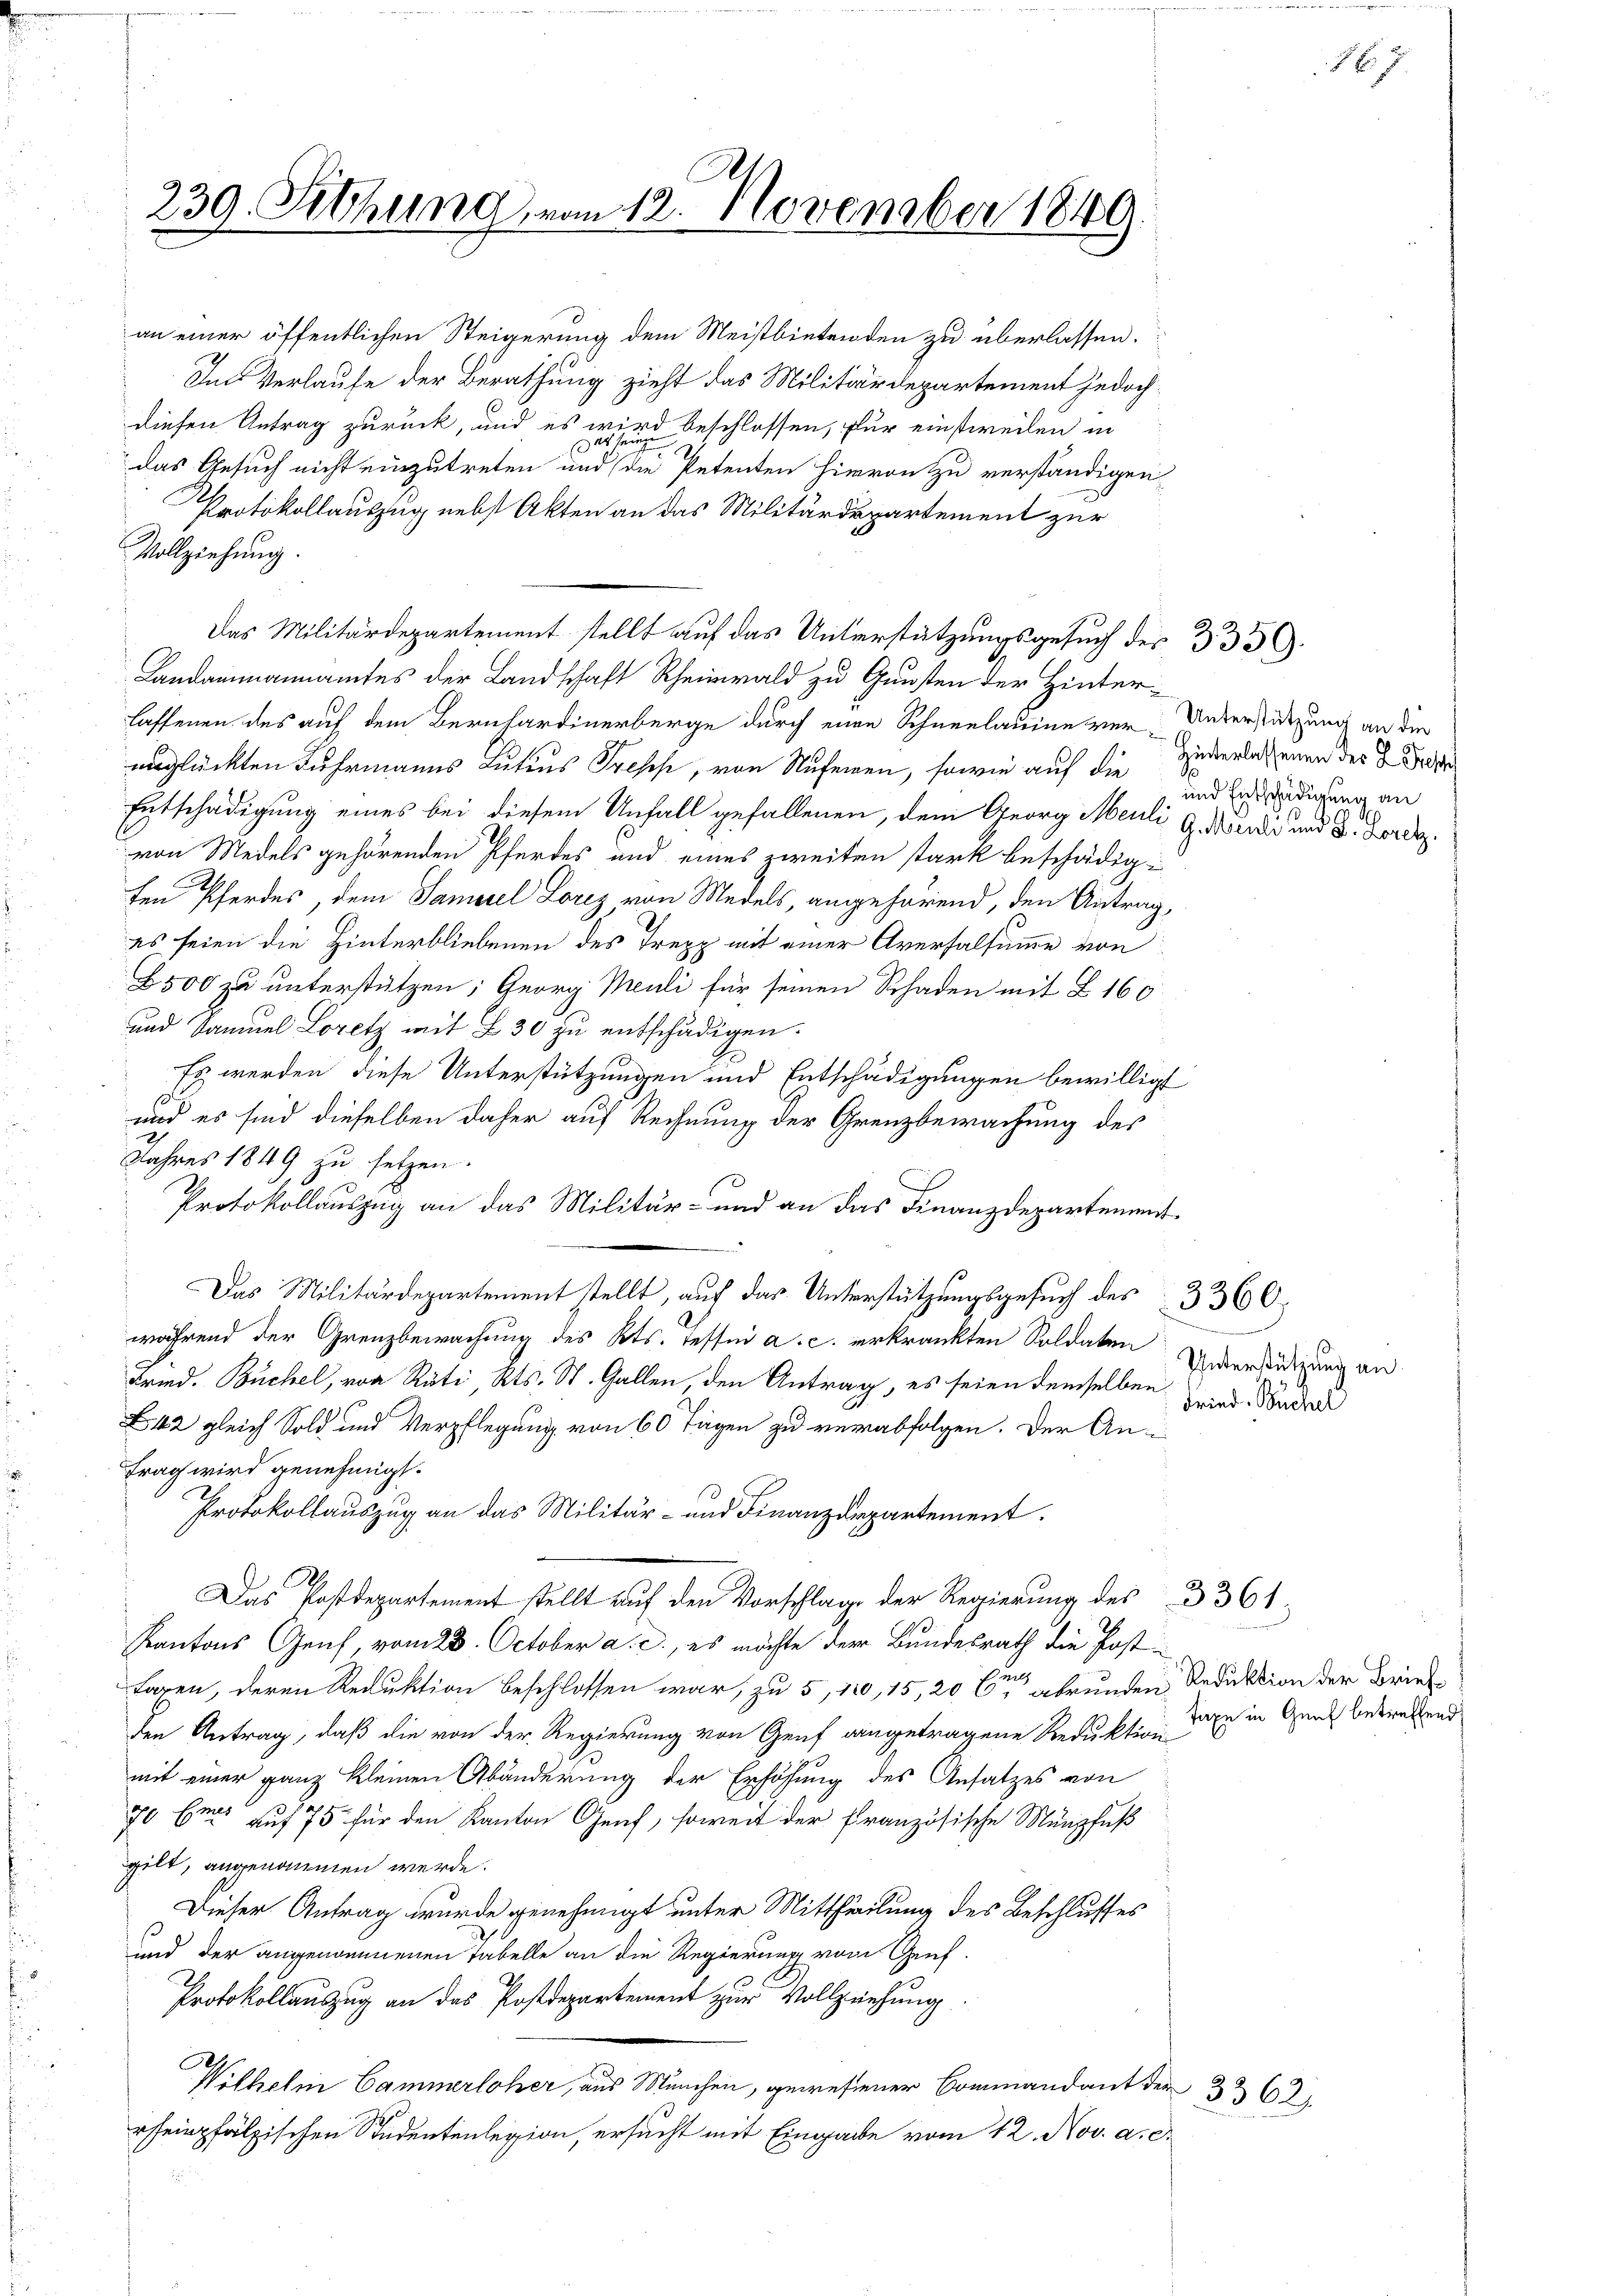
239. Sitzung vom 12. November 1849

an einer öffentlichen Steigerung dem Meistbietenden zu überlassen.
Im Verlaufe der Berathung zieht das Militärdepartement jedoch
diesen Antrag zurück, und es wird beschlossen, für einstweilen in
da se
u
das Gesuch nicht einzutreten und die Petenten hievon zu verständigen
Protokollauszug nebst Akten an das Militärdepartement zur
Vollziehung.
Das Militärdepartement stellt auf das Unterstützungsgesuch des 335.
Landammannamtes der Landschaft Rheinwald zu Gunsten der Hinterlassenen des auf dem Bernhardinerberge durch eine Schneelauine ver-Unterstützung an der
unglückten Fuhrmanns Lutius Presche, von Ruferen, sowie auf die Zuderlassenen der H. Bade
Entschädigung eines bei diesem Unfall gefallenen, dem Georg Meuli G. Wendii und 3. Forde
von Medels gehörenden Pferdes und eines zweiten stark beschädigten Pferdes, dem Samerel Lorez von Medels, angehörend, den Antrag,
es seien die Hinterbliebenen des Trepp mit einer Aversalsumme von
B 500 zu unterstützen; Georg Meuli für seinen Schaden mit § 160
und Samuel Loretz mit L 30 zu entschädigen.
Es werden diese Unterstützungen und Entschädigungen bewilligt
s
und es sind dieselben daher auf Rechnung der Grenzbewachung des
Jahres 1849 zu setzen.
Protokollauszug an das Militär- und an das Finanzdepartement¬
Das Militärdepartement stellt, auf das Unterstützungsgesuch des 3360.
während der Grenzbewachung des Kts. Tessin a. c. erkränkten Soldaten Unterstützung an
Fried. Büchel, von Rüti Kts. St. Gallen, den Antrag, es seien demselben wird. Sonder
No. 42 gleich Sold und Verpflegung von 60 Tagen zu verabfolgen. Der An¬
Frag wird genehmigt.
Protokollauszug an das Militär- und Finanzdepartement.
Das Postdepartement stellt auf den Vorschlage der Regierung des § 361
Kantons Genf, vom 23. October a. c., es möchte der Bundesrath die Post¬
Baren, deren Reduktion beschlossen war, zu 5, 110, 15, 20 t grunden Reduktion der Brie¬
Den Antrag, daß die von der Regierung von Genf angetragene Reduktion der in Gent betreffend
mit einer ganz kleinen Abänderung der Erhöhung des Ansatzes von
70 bis auf 75 für den Kanton Genf, soweit der Französische Münzfuß
gilt, angenommen werde.
Dieser Antrag wurde genehmigt unter Mittheilung des Beschlusses
und der angenommenen Tabelle an die Regierung vom Genf¬
Protokollauszug an das Postdepartement zur Vollziehung
Wilhelm Cammerloher, aus München, gewesener Commandant der 362
rheinpfälzischen Studentenlegion, ersucht mit Eingabe vom 12. Nov. a. c.

und Entschädigung an

16